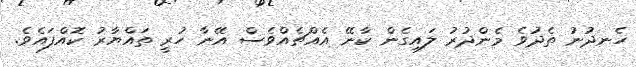
ހެނދުނު ތެދުވެ މެންދުރު ލައިގެން ކާނޭ އެއްޗެއްވެސް އޭނާ ހުރީ ތައްޔާރު ކޮއްފައެވެ.